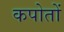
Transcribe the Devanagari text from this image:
कपोतों